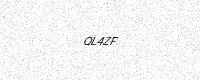
Text: QL4ZF